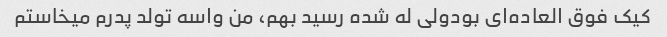
کیک فوق العاده‌ای بودولی له شده رسید بهم، من واسه تولد پدرم میخاستم